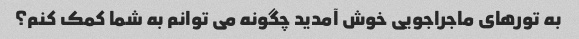
به تورهای ماجراجویی خوش آمدید چگونه می توانم به شما کمک کنم؟